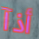
أذآ